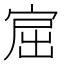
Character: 𰍅